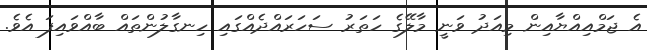
އެ ޖަމްއިއްޔާއިން މިއަދު ވަނީ މާލޭގެ ހަތަރު ސަހަރައްދެއްގައި ހިނގާލުންތައް ބާއްވައިފަ އެވެ.